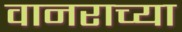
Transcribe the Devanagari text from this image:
वानराच्या